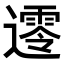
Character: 𨗺